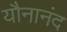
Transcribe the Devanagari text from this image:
यौनानंद